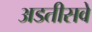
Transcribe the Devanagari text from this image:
अडतीसवे